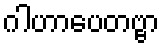
ဂါဟာပေတဗ္ဗာ